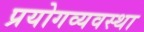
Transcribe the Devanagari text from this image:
प्रयोगव्यवस्था